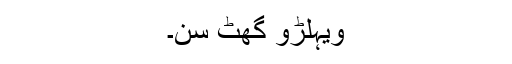
ویہلڑو گھٹ سن۔